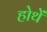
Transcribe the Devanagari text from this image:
होथें